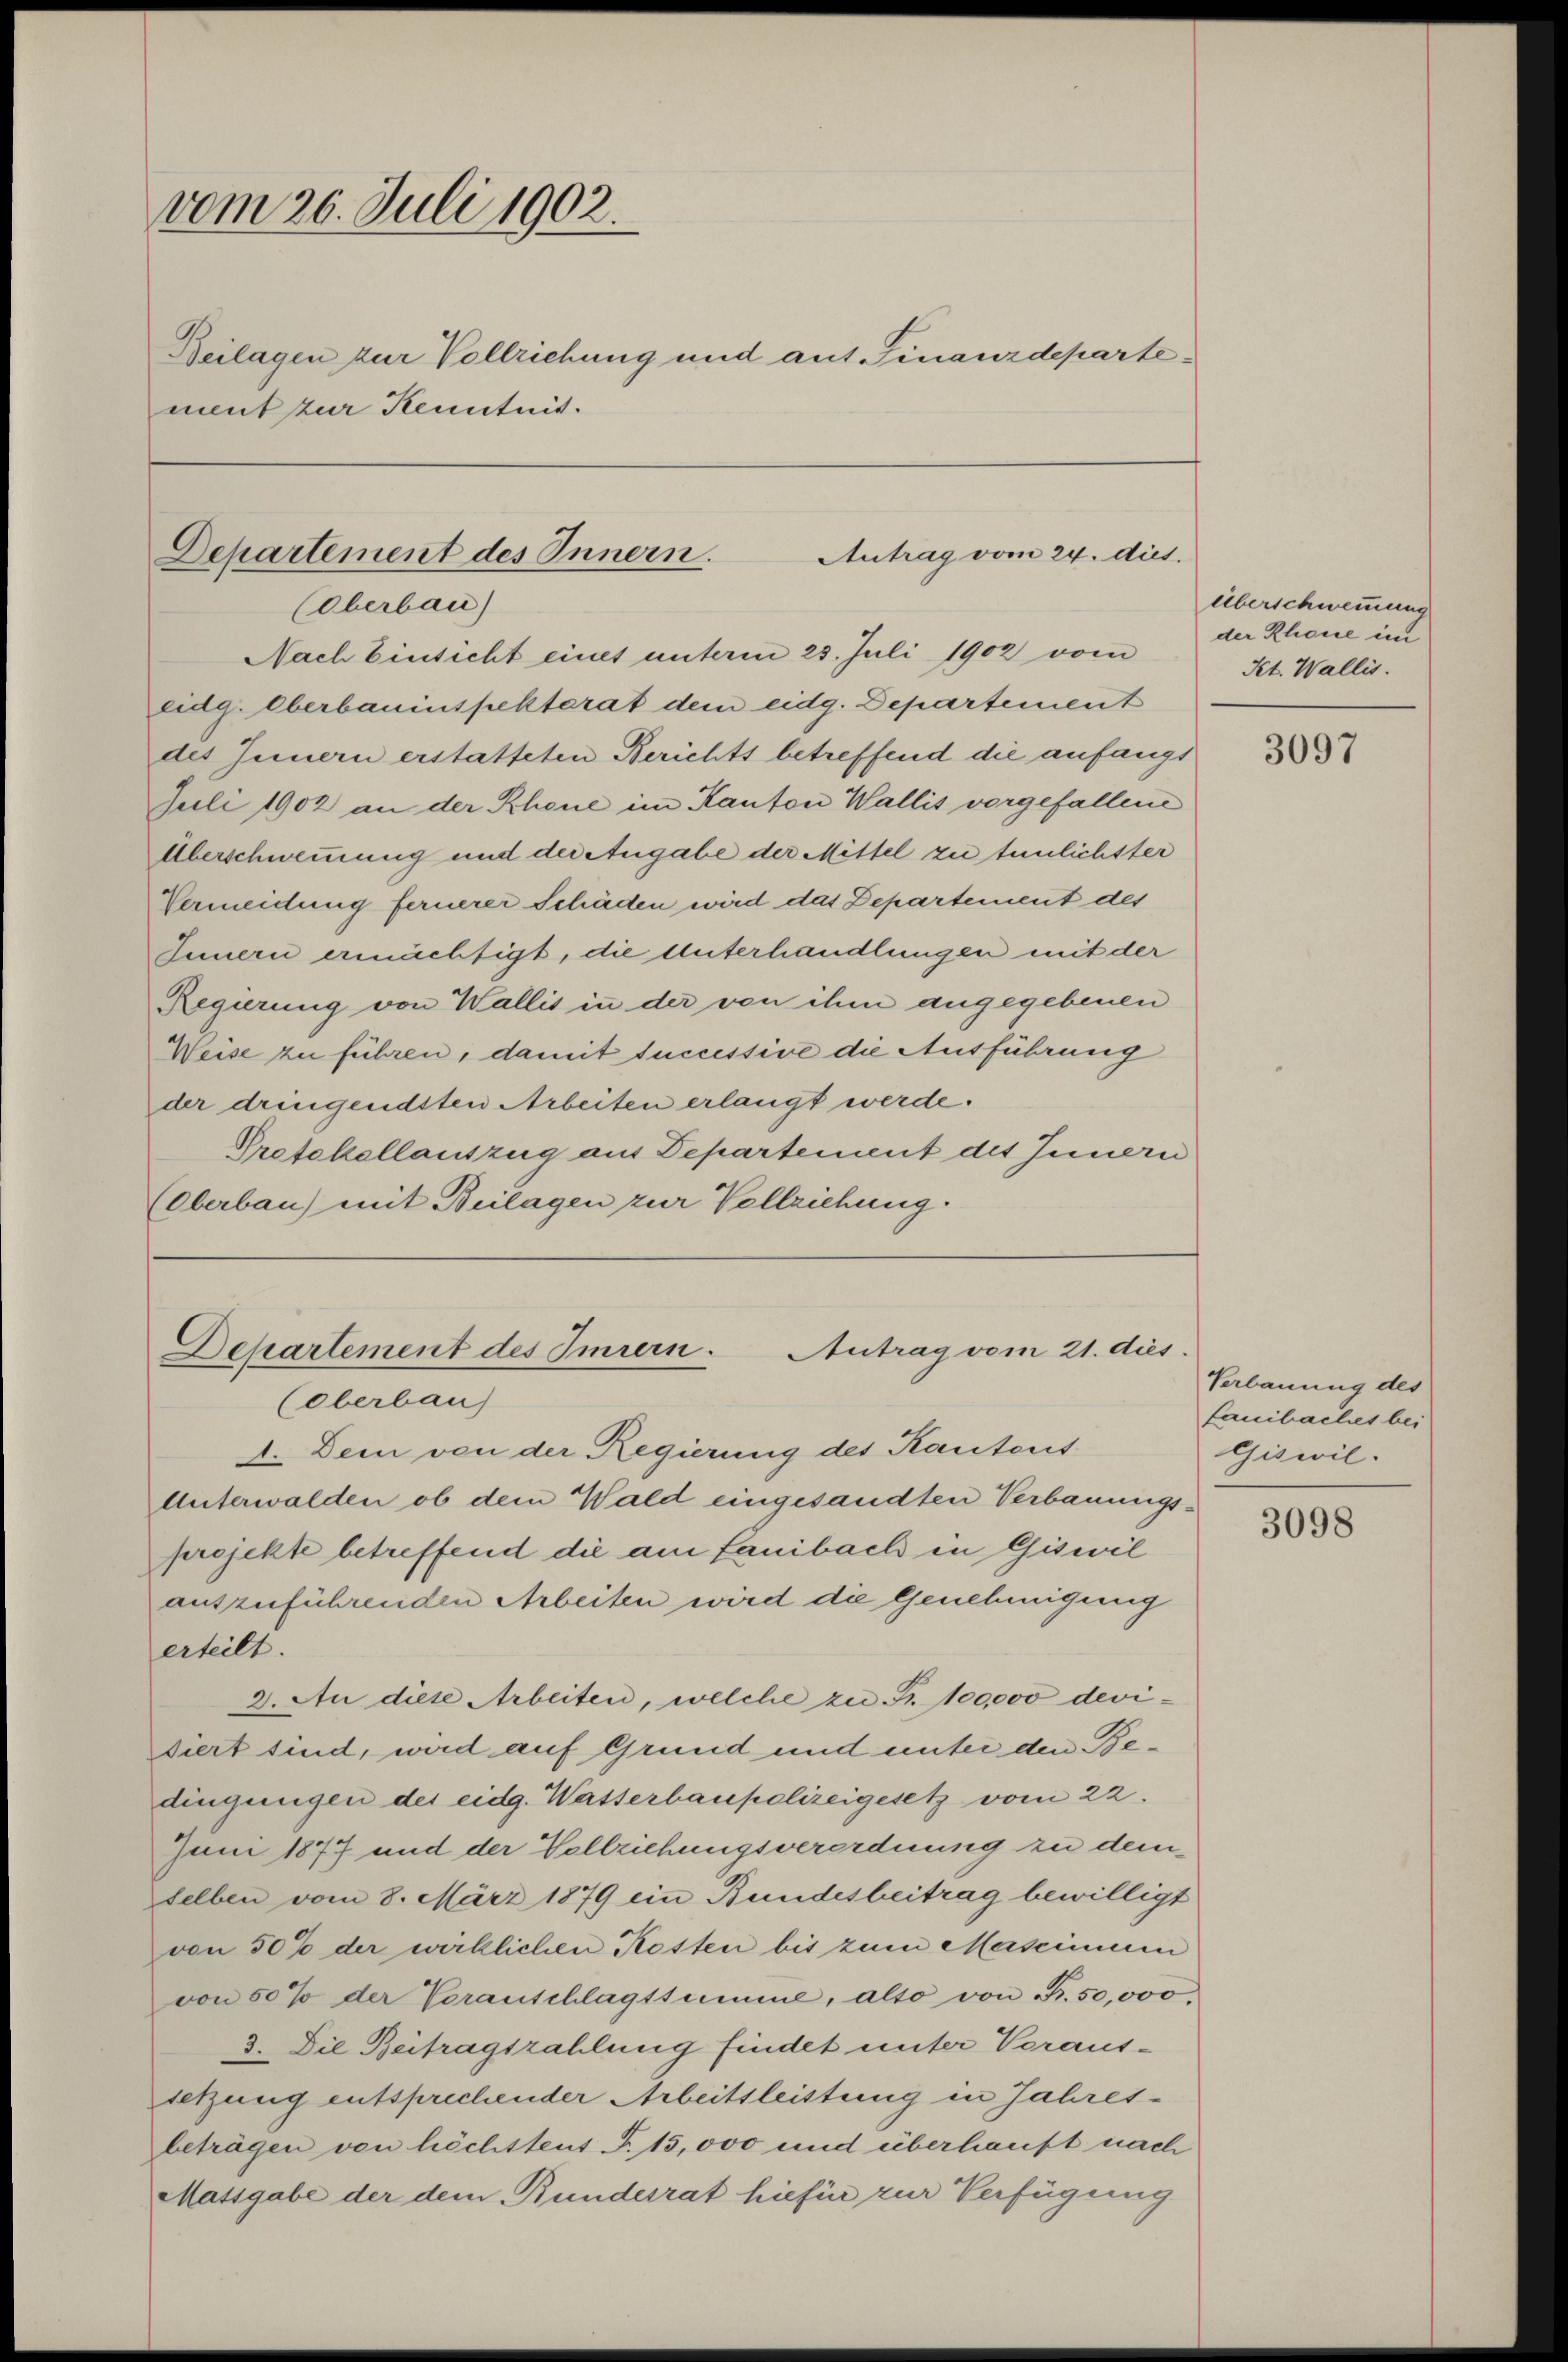
vom 26. Juli 1902.
Beilagen zur Vollziehung und auf Finanzdepartement zur Kenntnis.

Departement des Innern.
Antrag vom 24. dies.
(Oberbau)
Nach Einsicht eines unterm 25. Juli 1902 vom

eidg. Oberbauinspektorat dem eidg. Departement
des Innern erstatteten Berichts betreffend die anfangs
Juli 1902 an der Schöne im Kanton Wallis vorgefallene
Überschwemmung und der Angabe der Mittel zu tunlichster
Vermeidung fernerer Schäden wird das Departement des
Innern ermächtigt, die Unterhandlungen mit der
Regierung von Wallis in der von ihm angegebenen
Weise zu führen, damit successive die Ausführung
der dringendsten Arbeiten erlangt werde.
Protokollauszug aus Departement des Innern
(Oberbau) mit Beilagen zur Vollziehung.

Departement des Imrern.
Antrag vom 21. dies.
(Oberbau
4. Dem von der Regierung des Kantent

Unterwalden ob dem Wald eingesandten Verbauungsprojekte betreffend die am Lanibach in Giswil
auszuführenden Arbeiten wird die Genehmigung
erteilt.
2. An diese Arbeiten, welche zu Fr. 100,000 devidiert sind, wird auf Grund und unter den Bedingungen der eidg. Watterbaupolizeigesetz vom 22.
Jum 1877 und der Vollziehungsverordnung zu dem
selben vom 8. März 1879 ein Bundesbeitrag bewilligt
von 50% der wirklichen Kosten bis zum Mascinnen
von 50% der Voranschlagssumme, alto von Fr. 50,000,
3. Die Beitragszahlung findet unter Veraussetzung entsprechender Arbeitsleistung in Jahresbeträgen von höchstent F. 15,000 und überhaupt nach
Matsgabe der dem Bundesrat hiefür zur Verfügung

überschwemmung
der Rhone im
Pet. Wallis.

3097

Verbauung des
Laibaches bei
Giswil.

3098